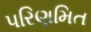
પરિણમિત